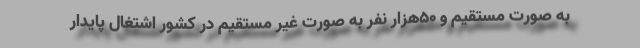
به صورت مستقیم و 50هزار نفر به صورت غیر مستقیم در کشور اشتغال پایدار